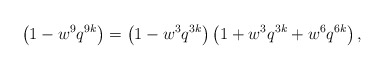
\begin{align*}\left(1-w^9 q^{9k}\right) =\left(1-w^3 q^{3k}\right)\left(1+w^3 q^{3k} +w^6 q^{6k}\right),\end{align*}